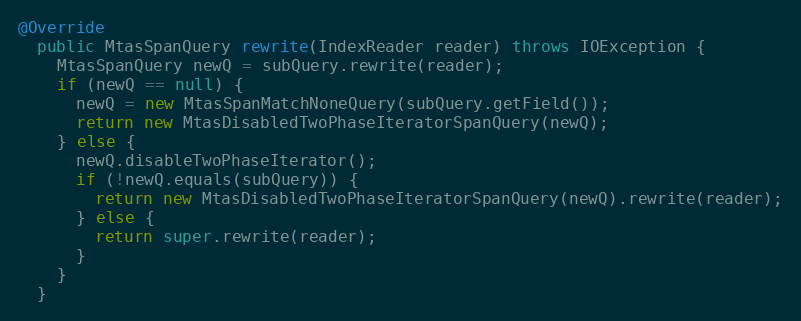
Language: Java
@Override
  public MtasSpanQuery rewrite(IndexReader reader) throws IOException {
    MtasSpanQuery newQ = subQuery.rewrite(reader);
    if (newQ == null) {
      newQ = new MtasSpanMatchNoneQuery(subQuery.getField());
      return new MtasDisabledTwoPhaseIteratorSpanQuery(newQ);
    } else {
      newQ.disableTwoPhaseIterator();
      if (!newQ.equals(subQuery)) {
        return new MtasDisabledTwoPhaseIteratorSpanQuery(newQ).rewrite(reader);
      } else {
        return super.rewrite(reader);
      }
    }
  }